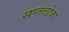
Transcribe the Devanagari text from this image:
सप्तलोक